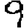
Digit: 9